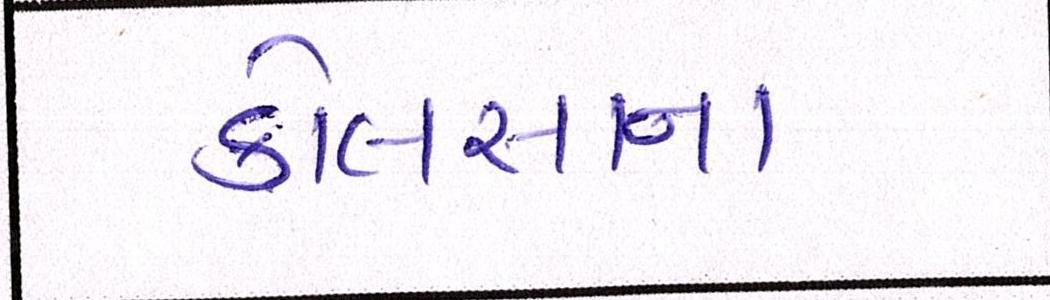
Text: કોલસાના